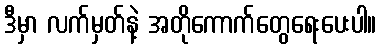
ဒီမှာ လက်မှတ်နဲ့ အတိုကောက်တွေရေးပေးပါ။